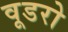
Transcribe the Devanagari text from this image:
वूडरो